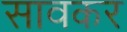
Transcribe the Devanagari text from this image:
सावकर